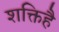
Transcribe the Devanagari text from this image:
शक्तिहै